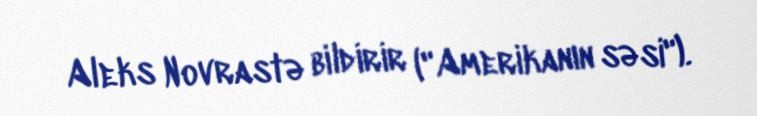
Aleks Novrastə bildirir ("Amerikanın səsi").